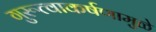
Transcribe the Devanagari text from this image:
गुरूत्वाकर्षणामुळे